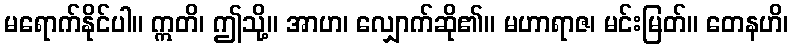
မရောက်နိုင်ပါ။ ဣတိ၊ ဤသို့။ အာဟ၊ လျှောက်ဆို၏။ မဟာရာဇ၊ မင်းမြတ်။ တေနဟိ၊